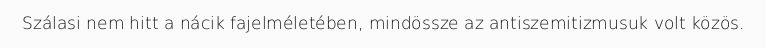
Szálasi nem hitt a nácik fajelméletében, mindössze az antiszemitizmusuk volt közös.